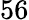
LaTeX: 56